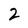
Character: 2